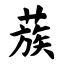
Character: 蔟